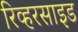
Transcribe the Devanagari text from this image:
रिव्हरसाइड